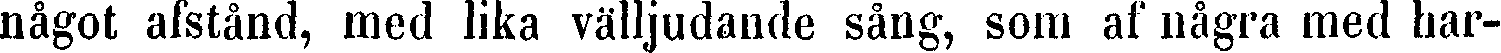
något afstånd, med lika välljudande sång, som af några med har-